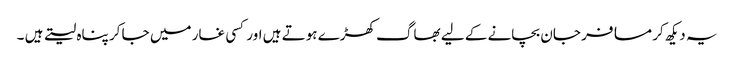
یہ دیکھ کر مسافر جان بچانے کے لیے بھاگ کھڑے ہوتے ہیں اور کسی غار میں جا کر پناہ لیتے ہیں ۔